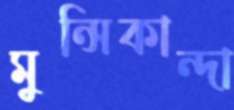
মুন্সিকান্দা